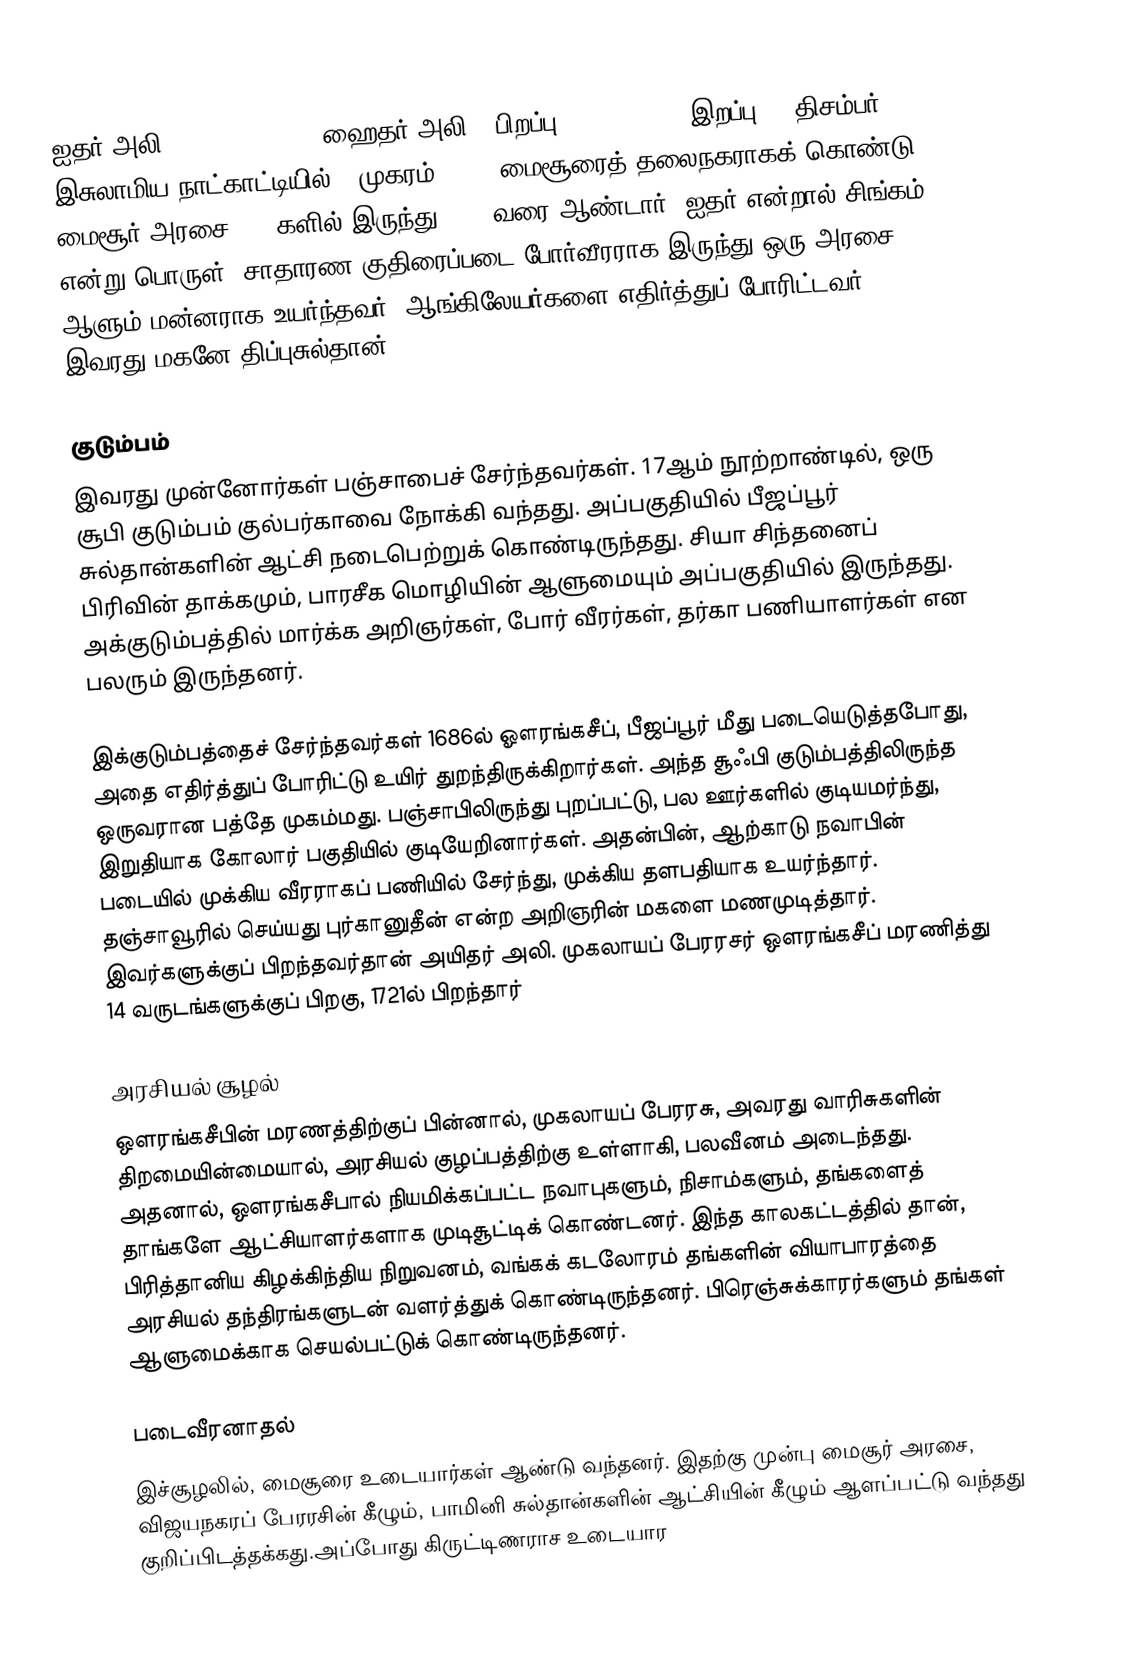
ஐதர் அலி (Hyder Ali, , , ஹைதர் அலி, (பிறப்பு: 7-12-1720) (இறப்பு: 7 திசம்பர் 1782), இசுலாமிய நாட்காட்டியில் 2 முகரம் 1197) மைசூரைத் தலைநகராகக் கொண்டு மைசூர் அரசை 1760களில் இருந்து 1782 வரை ஆண்டார். ஐதர் என்றால் சிங்கம் என்று பொருள். சாதாரண குதிரைப்படை போர்வீரராக இருந்து ஒரு அரசை ஆளும் மன்னராக உயர்ந்தவர். ஆங்கிலேயர்களை எதிர்த்துப் போரிட்டவர். இவரது மகனே திப்புசுல்தான்.

குடும்பம்
இவரது முன்னோர்கள் பஞ்சாபைச் சேர்ந்தவர்கள். 17ஆம் நூற்றாண்டில், ஒரு சூபி குடும்பம் குல்பர்காவை நோக்கி வந்தது. அப்பகுதியில் பீஜப்பூர் சுல்தான்களின் ஆட்சி நடைபெற்றுக் கொண்டிருந்தது. சியா சிந்தனைப் பிரிவின் தாக்கமும், பாரசீக மொழியின் ஆளுமையும் அப்பகுதியில் இருந்தது. அக்குடும்பத்தில் மார்க்க அறிஞர்கள், போர் வீரர்கள், தர்கா பணியாளர்கள் என பலரும் இருந்தனர்.

இக்குடும்பத்தைச் சேர்ந்தவர்கள் 1686ல் ஔரங்கசீப், பீஜப்பூர் மீது படையெடுத்தபோது, அதை எதிர்த்துப் போரிட்டு உயிர் துறந்திருக்கிறார்கள். அந்த சூஃபி குடும்பத்திலிருந்த ஒருவரான பத்தே முகம்மது. பஞ்சாபிலிருந்து புறப்பட்டு, பல ஊர்களில் குடியமர்ந்து, இறுதியாக கோலார் பகுதியில் குடியேறினார்கள். அதன்பின், ஆற்காடு நவாபின் படையில் முக்கிய வீரராகப் பணியில் சேர்ந்து, முக்கிய தளபதியாக உயர்ந்தார். தஞ்சாவூரில் செய்யது புர்கானுதீன் என்ற அறிஞரின் மகளை மணமுடித்தார். இவர்களுக்குப் பிறந்தவர்தான் அயிதர் அலி. முகலாயப் பேரரசர் ஒளரங்கசீப் மரணித்து 14 வருடங்களுக்குப் பிறகு, 1721ல் பிறந்தார்

அரசியல் சூழல்
ஒளரங்கசீபின் மரணத்திற்குப் பின்னால், முகலாயப் பேரரசு, அவரது வாரிசுகளின் திறமையின்மையால், அரசியல் குழப்பத்திற்கு உள்ளாகி, பலவீனம் அடைந்தது. அதனால், ஒளரங்கசீபால் நியமிக்கப்பட்ட நவாபுகளும், நிசாம்களும், தங்களைத் தாங்களே ஆட்சியாளர்களாக முடிசூட்டிக் கொண்டனர். இந்த காலகட்டத்தில் தான், பிரித்தானிய கிழக்கிந்திய நிறுவனம், வங்கக் கடலோரம் தங்களின் வியாபாரத்தை அரசியல் தந்திரங்களுடன் வளர்த்துக் கொண்டிருந்தனர். பிரெஞ்சுக்காரர்களும் தங்கள் ஆளுமைக்காக செயல்பட்டுக் கொண்டிருந்தனர்.

படைவீரனாதல்
இச்சூழலில், மைசூரை உடையார்கள் ஆண்டு வந்தனர். இதற்கு முன்பு மைசூர் அரசை, விஜயநகரப் பேரரசின் கீழும், பாமினி சுல்தான்களின் ஆட்சியின் கீழும் ஆளப்பட்டு வந்தது குறிப்பிடத்தக்கது.அப்போது கிருட்டிணராச உடையார